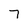
Character: 7